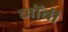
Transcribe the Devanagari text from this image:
नॉबी